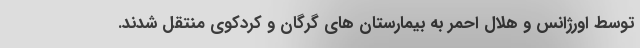
توسط اورژانس و هلال احمر به بیمارستان های گرگان و کردکوی منتقل شدند.